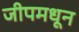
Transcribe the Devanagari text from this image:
जीपमधून